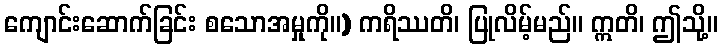
ကျောင်းဆောက်ခြင်း စသောအမှုကို။) ကရိဿတိ၊ ပြုလိမ့်မည်။ ဣတိ၊ ဤသို့။